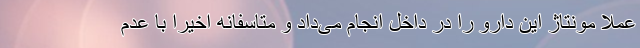
عملا مونتاژ این دارو را در داخل انجام می‌داد و متاسفانه اخیرا با عدم